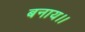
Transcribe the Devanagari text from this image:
बनाय।।